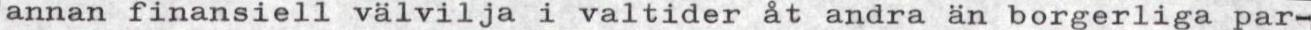
annan finansiell välvilja i valtider åt andra än borgerliga par-